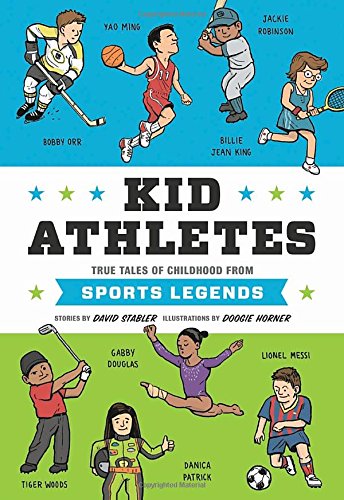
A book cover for Kid Athletes: True Tales of Childhood from Sports Legends (Kid Legends); David Stabler; Children's Books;